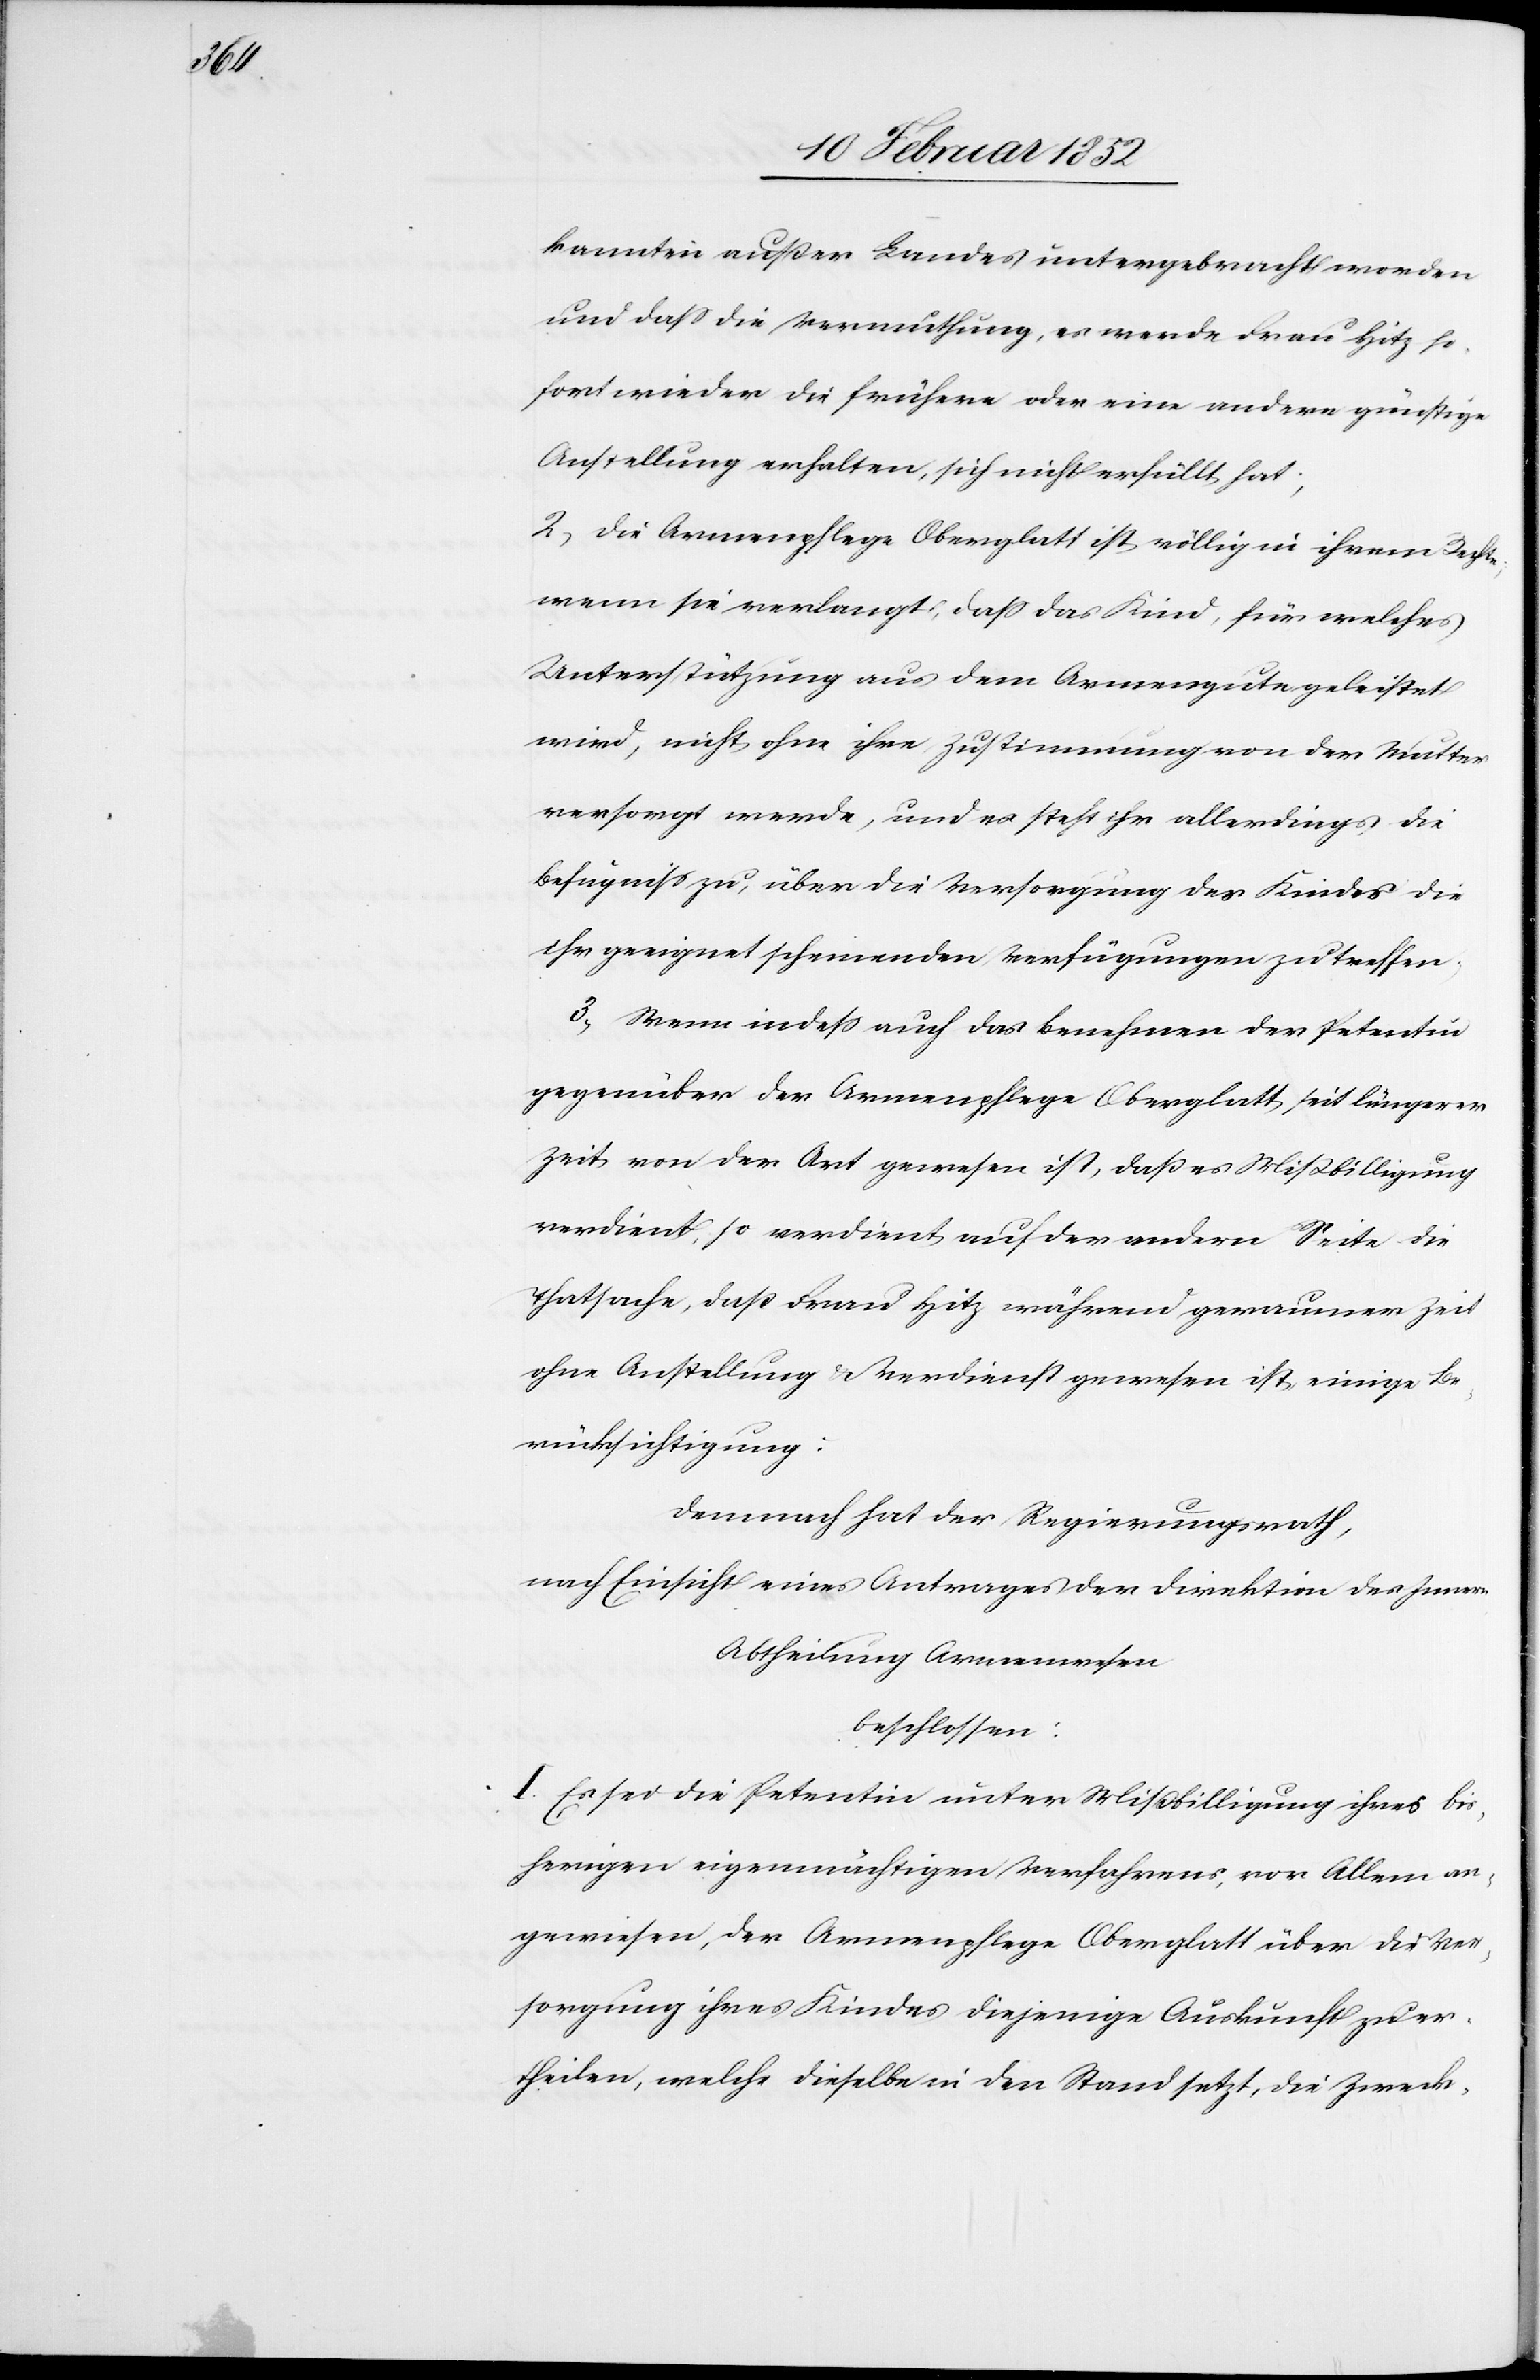
kannten außer Landes untergebracht worden
und daß die Vermuthung, es werde Frau Hitz so¬
fort wieder die frühere oder eine andere günstige
Aufstellung erhalten, sich nicht erfüllt hat;
2) Die Armenpflege Oberglatt ist völlig in ihrem Rechte,
wenn sie verlangt, daß das Kind, für welches
Unterstützung aus dem Armengute geleistet
wird, nicht ohne ihre Zustimmung von der Mutter
versorgt werde, und es steht ihr allerdings die
Befugniß zu, über die Versorgung des Kindes die
ihr geeignet scheinenden Verfügungen zu treffen.
3.) Wenn indeß auch das Benehmen der Petentin
gegenüber der Armenpflege Oberglatt seit längerer
Zeit von der Art gewesen ist, daß es Mißbilligung
verdient, so verdient auf der andern Seite die
Thatsache, daß Frau Hitz während geraumer Zeit
ohne Anstellung u. Verdienst gewesen ist einige Be¬
rücksichtigung:
Demnach hat der Regierungsrath,
nach Einsicht eines Antrages der Direktion des Innern
Abtheilung Armenwesen
beschlossen:
I. Es sei die Petentin unter Mißbilligung ihres bis¬
herigen eigenmächtigen Verfahrens, vor allem an¬
gewiesen, der Armenpflege Oberglatt über die Ver¬
sorgung ihres Kindes diejenige Auskunft zu er¬
theilen, welche dieselbe in den Stand setzt, die Zweck-